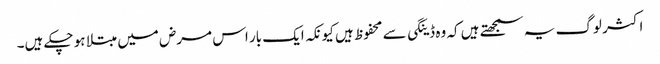
اکثر لوگ یہ سمجھتے ہیں کہ وہ ڈینگی سے محفوظ ہیں کیونکہ ایک بار اس مرض میں مبتلا ہو چکے ہیں۔